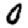
Digit: 0